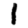
Digit: 1